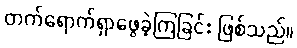
တက်ရောက်ရှာဖွေခဲ့ကြခြင်း ဖြစ်သည်။